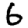
Digit: 6